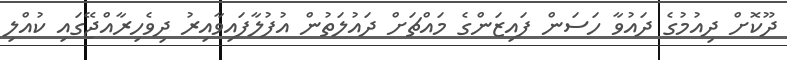
ދޫކޮށް ދިއުމުގެ ދައުވާ ހަސަން ފައިޒަންގެ މައްޗަށް ދައުލަތުން އުފުލާފައިވާއިރު ދިވެހިރާއްޖޭގައި ކުއްލި